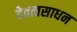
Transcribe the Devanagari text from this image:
देवत्वसाधन